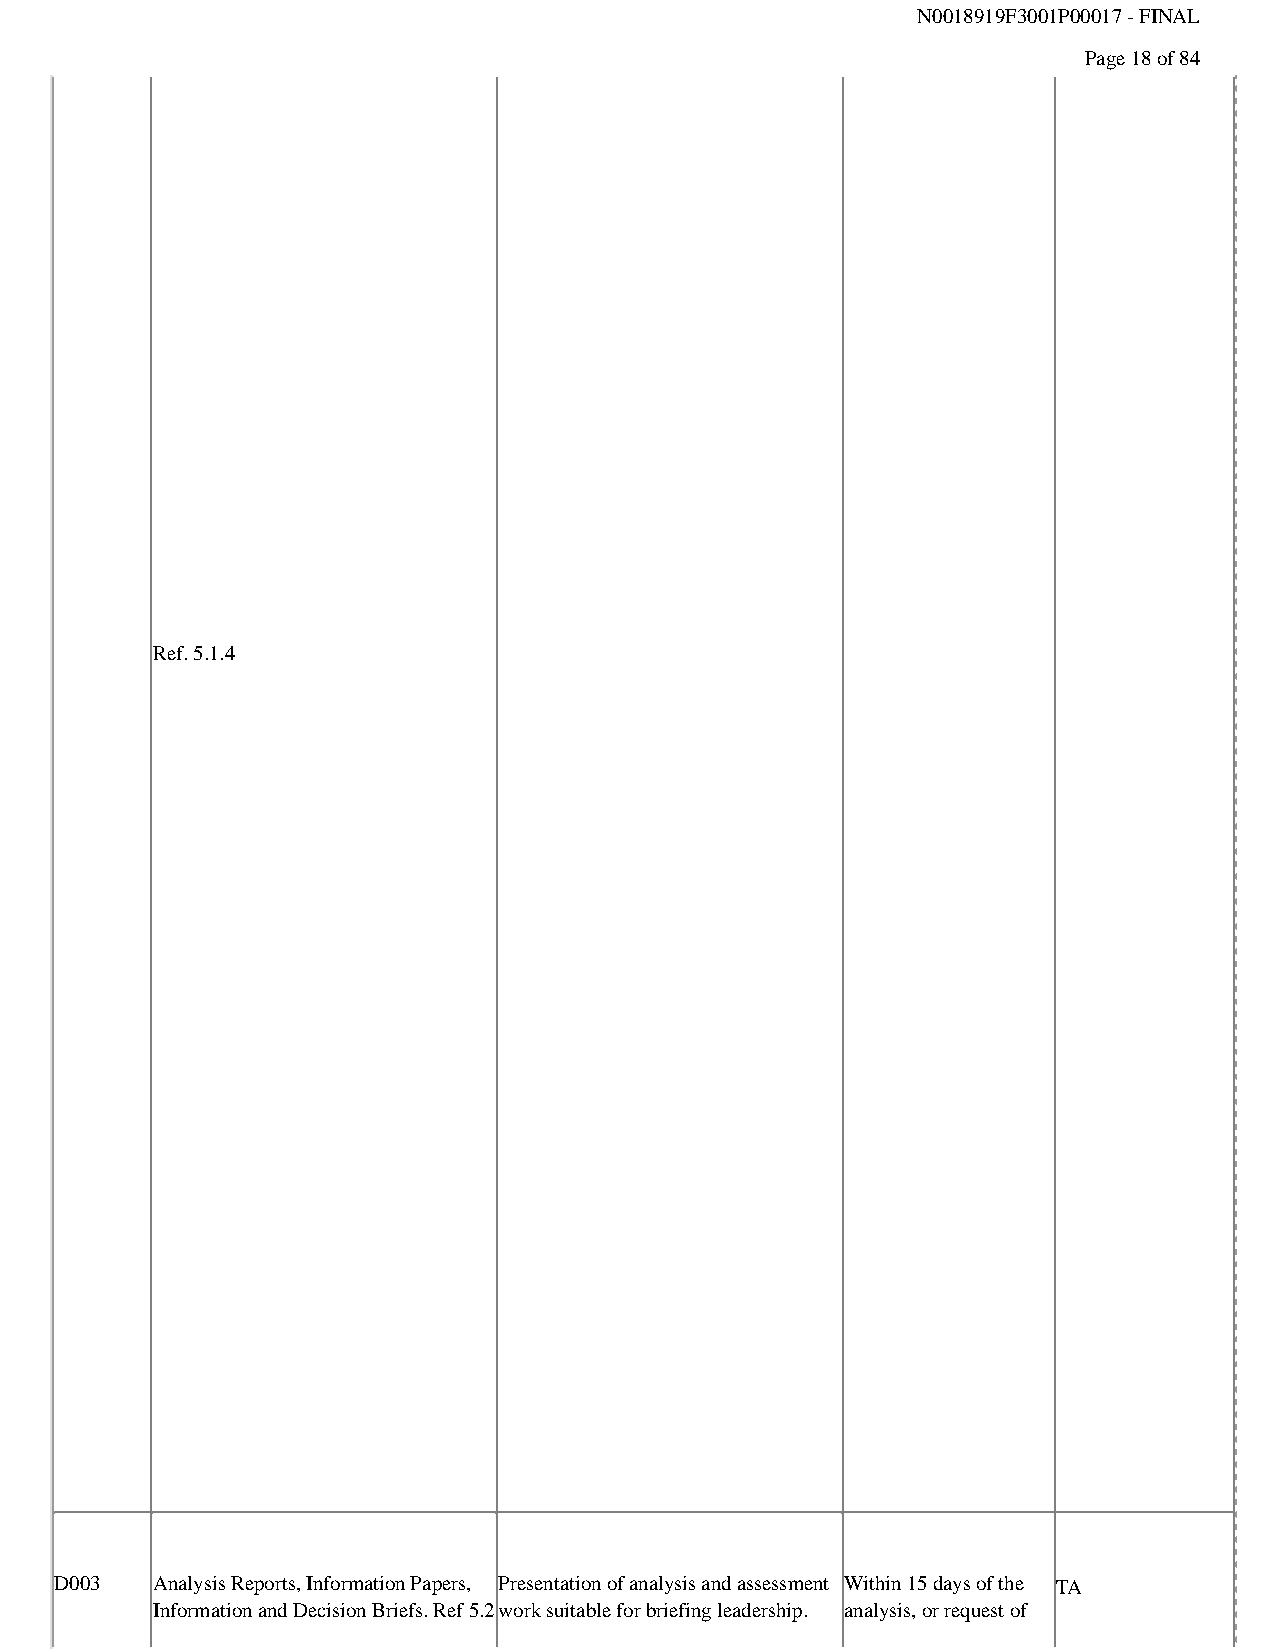
N0018919F3001P00017 - FINAL
 Page 18 of 84
 Ref. 5.1.4
 D003  Analysis Reports, Information Papers, Presentation of analysis and assessment Within 15 days of the TA
 Information and Decision Briefs. Ref 5.2work suitable for briefing leadership. analysis, or request of